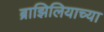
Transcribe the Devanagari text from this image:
ब्राझिलियाच्या